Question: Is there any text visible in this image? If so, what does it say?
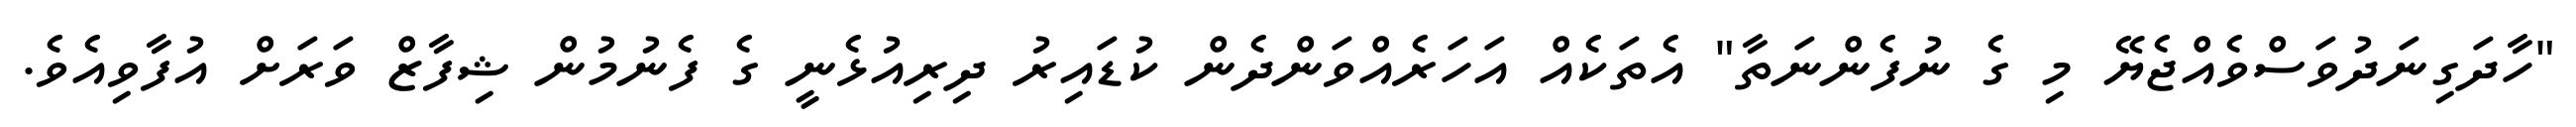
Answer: "ހާދަގިނަދުވަސްވެއްޖެޔޭ މި ގެ ނުފެންނަތާ" އެތަކެއް އަހަރެއްވަންދެން ކުޑައިރު ދިރިއުޅެނީ ގެ ފެނުމުން ޝިފާޒް ވަރަށް އުފާވިއެވެ.